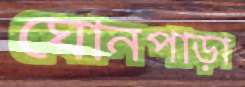
ঘোনপাড়া